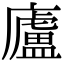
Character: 廬